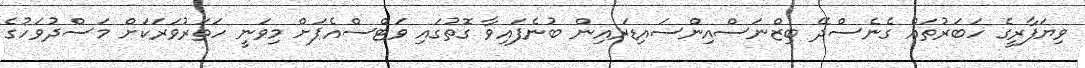
ވިޔަފާރީގެ ހަބަރުތައް ގެނެސްދޭ ބިޒްނަސްއިންސައިޑަރއިން ބުނެފައިވާ ގޮތުގައި ވަޓްސްއެޕަށް މިވަނީ ހަތަރުވަރަކަށް މަސްދުވަހުގެ